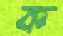
ক